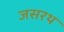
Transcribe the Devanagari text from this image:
जसरथ